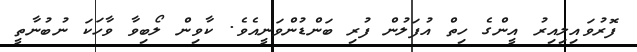
ފޮރުވައިލިއިރު އީންގެ ހިތް އުފަލުން ފުރި ބަންޑުންވަނީއެވެ. ކާވިން ލޯބިވާ ވާހަކަ ނުބުނާތީ